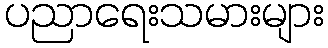
ပညာရေးသမားများ